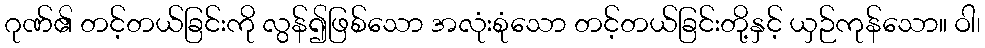
ဂုဏ်၏ တင့်တယ်ခြင်းကို လွန်၍ဖြစ်သော အလုံးစုံသော တင့်တယ်ခြင်းတို့နှင့် ယှဉ်ကုန်သော။ ဝါ၊